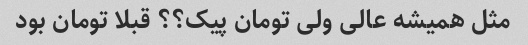
مثل همیشه عالی ولی تومان پیک؟؟ قبلا تومان بود